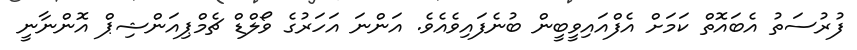
ފުރުސަތު އެބައޮތް ކަމަށް އެފްއައިވީބީން ބުނެފައިވެއެވެ. އަންނަ އަހަރުގެ ވޯލްޑް ޗެމްޕިއަންޝިޕް އޮންނާނީ